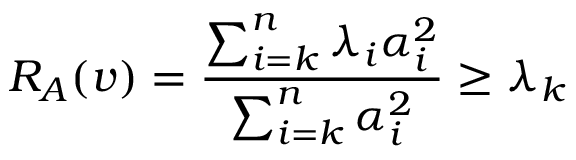
R _ { A } ( v ) = { \frac { \sum _ { i = k } ^ { n } \lambda _ { i } \alpha _ { i } ^ { 2 } } { \sum _ { i = k } ^ { n } \alpha _ { i } ^ { 2 } } } \geq \lambda _ { k }